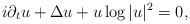
LaTeX: \begin{align*} i\partial_{t}u+\Delta u+u\log |u|^2=0,\end{align*}